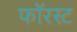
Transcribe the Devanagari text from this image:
फॉरस्ट